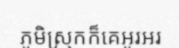
ភូមិស្រុកក៏គេអូរអរ